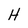
Character: H